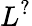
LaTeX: L^{?}